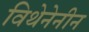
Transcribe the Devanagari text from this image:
विथेनेनीन